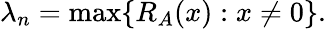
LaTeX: \lambda_{n}=\operatorname*{max}\{ R_{A}(x):x\neq 0\} .